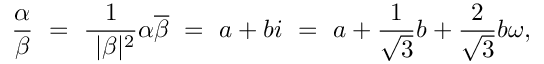
{ \frac { \alpha } { \beta } } \ = \ { \frac { 1 } { \ | \beta | ^ { 2 } } } \alpha { \overline { { \beta } } } \ = \ a + b i \ = \ a + { \frac { 1 } { \sqrt { 3 } } } b + { \frac { 2 } { \sqrt { 3 } } } b \omega ,